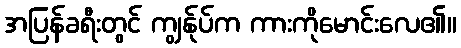
အပြန်ခရီးတွင် ကျွန်ုပ်က ကားကိုမောင်းလေ၏။